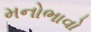
મનોભાવો